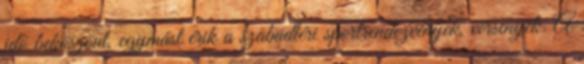
idő beköszönt, egymást érik a szabadtéri sportrendezvények, versenyek. A